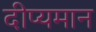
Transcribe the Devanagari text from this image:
दीप्यमान